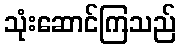
သုံးဆောင်ကြသည်